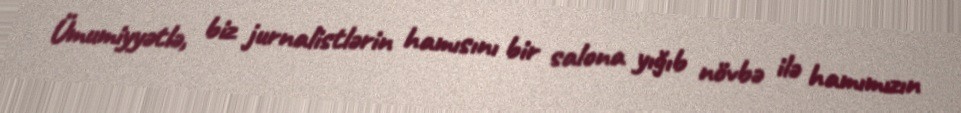
Ümumiyyətlə, biz jurnalistlərin hamısını bir salona yığıb növbə ilə hamımızın